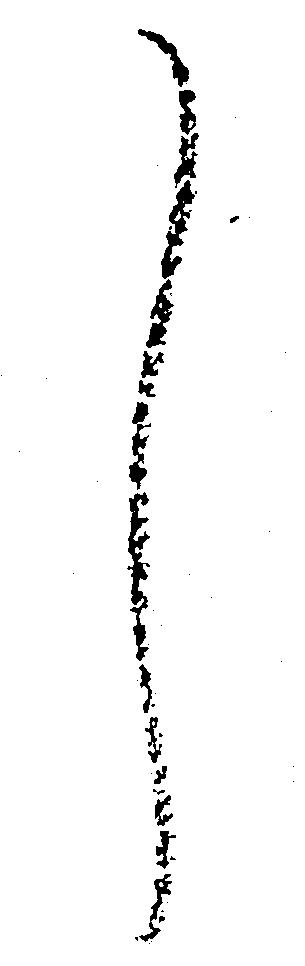
し